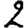
Digit: 2